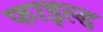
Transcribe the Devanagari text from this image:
फाइल्ड